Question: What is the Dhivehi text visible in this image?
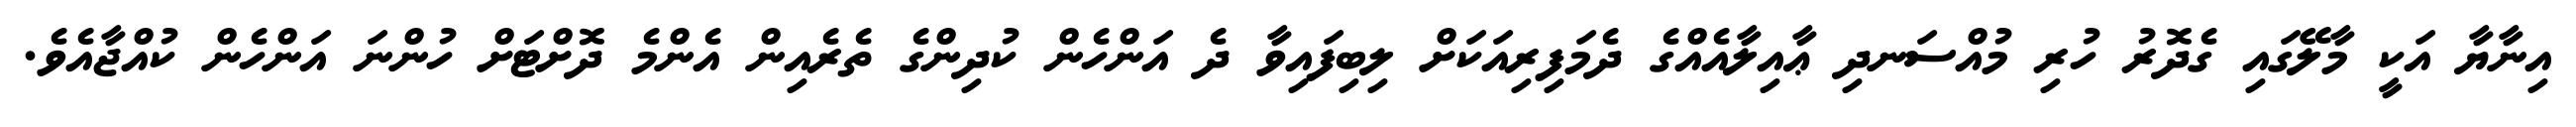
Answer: އިނާޔާ އަކީ މާލޭގައި ގެދޮރު ހުރި މުއްސަނދި ޢާއިލާއެއްގެ ދެމަފިރިއަކަށް ލިބިފައިވާ ދެ އަންހެން ކުދިންގެ ތެރެއިން އެންމެ ދޮށްޓަށް ހުންނަ އަންހެން ކުއްޖާއެވެ.